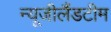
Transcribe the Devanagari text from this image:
न्यूजीलैंडटीम